Reports on military cantonments and civil stations in the Presidency of Bombay inspected by the Sanitary Commissioner in the years 1875 and 1876
Year: 1875
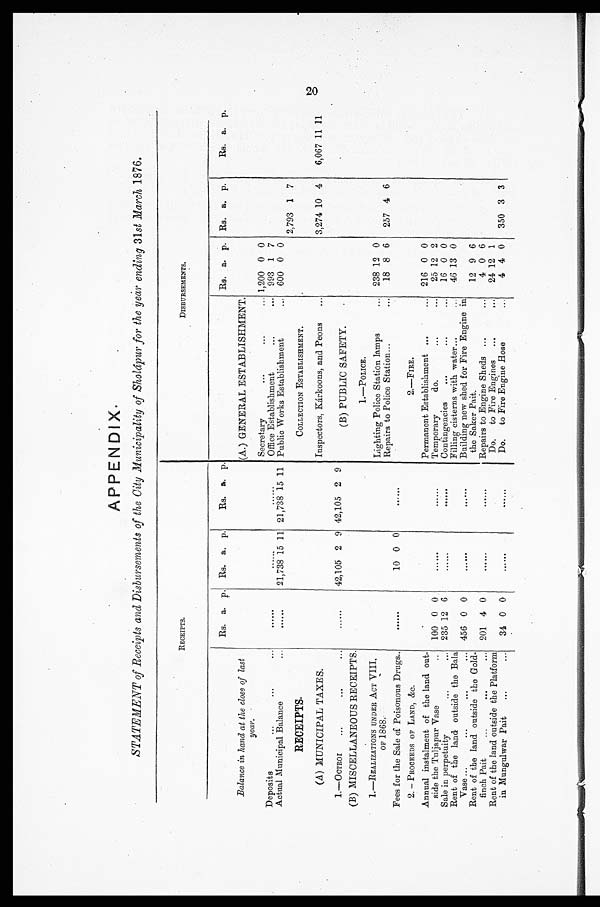
APPENDIX.
STATEMENT of Receipts and Disbursements of the City Municipality of Sholápur for the year ending 31 st March 1876.
RECEIPTS.
DISBURSEMENTS.
Rs. a. p. Rs. a. p.
Rs. a. p.
Rs.
a . p . Rs. a. p.
Rs. a. p.
Balance in hand at the close of last
year.
(A.) GENERAL ESTABLISHMENT.
Deposits
...
...
. . .
......
......
. . . . . . Secretary
...
...
... 1,200 0 0
Office Establishment
...
... 993 1 7
Actual Municipal Balance
. . .
. . . . . .
21,738 15 11 21,738 15 11 Public Works Establishment
... 600 0 0
2,793 1 7
RECEIPTS.
COLLECTION ESTABLISHMENT.
(A) MUNICIPAL TAXES.
Inspectors, Kárkoons, and Peons
...
3,274 10 4
6,067 11 11
1.—OCTROI
...
...
...
......
42,105 2 9 42,105 2 9
(B) PUBLIC SAFETY.
. . .
(B) MISCELLANEOUS RECEIPTS.
1.—POLICE.
1.—REALIZATIONS UNDER ACT VIII,
OF 1868 .
Lighting Police Station lamps
... 238 12 0
......
10 0 0
......
Repairs to Police Station...
...
18 8 6 257 4 6
Fees for the Sale of Poisonous Drugs..
2. —PROCEEDS OF LAND, &c.
2.—FIRE.
Annual instalment of the land out-
side the Tuljapur Vase
.. 100 0 0
. . . . . . .
......
Permanent Establishment ...
... 216 0 0
Temporary do.
...
...
25 12 2
Sale in perpetuity
...
. . . 235 12 6
......
......
Contingencies
...
...
...
16 0 0
Rent of the land outside the Bala
Vase ...
...
...
... 456 0 0
......
. . . . . .
Filling cisterns with water...
... 46 13 0
Building new shed for Fire Engine in
the Saker Pait.
12 9 6
Rent of the land outside the Gold-
finch Pait... ...
...
2 0 1 4 0
......
......
Repairs to Engine Sheds ...
. . .
4 0 6
Rent of the land outside the Platform
in Mungulwar Pait
...
. . . 34 0 0
......
......
Do. to Fire Engines ...
... 24 12 1
Do. to Fire Engine Hose
...
4 4 0 350 3 3
20